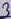
Text: 3